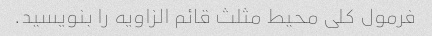
فرمول کلی محیط مثلث قائم الزاویه را بنویسید.